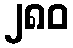
၂၈၀